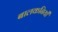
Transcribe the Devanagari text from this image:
बालकनियाँ